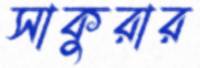
সাকুরার